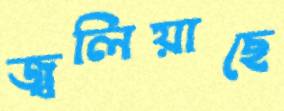
জ্বলিয়াছে